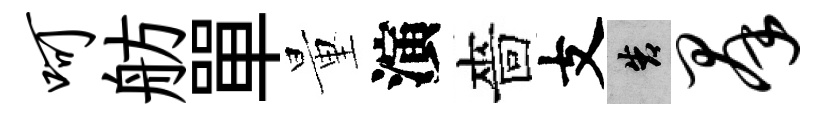
呵舫單量演嗇支告群